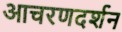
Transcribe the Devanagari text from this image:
आचरणदर्शन